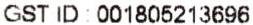
GST ID : 001805213696